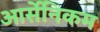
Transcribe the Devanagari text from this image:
आर्सेनिकम